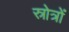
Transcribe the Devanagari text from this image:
स्रोत्रों